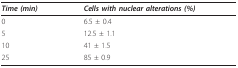
| Time (min) | Cells with nuclear alterations (%) |
 | --- | --- |
 | 0 | 6.5 ± 0.4 |
 | 5 | 12.5 ± 1.1 |
 | 10 | 41 ± 1.5 |
 | 25 | 85 ± 0.9 |